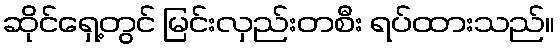
ဆိုင်ရှေ့တွင် မြင်းလှည်းတစီး ရပ်ထားသည်။